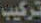
تركيب